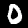
Digit: 0